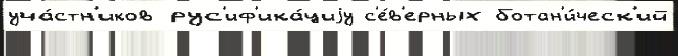
уча́стн'иков рус'иф'ика́циjу с'е́в'ерных ботан'и́ческ'ий